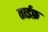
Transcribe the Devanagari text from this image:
ताईफ़